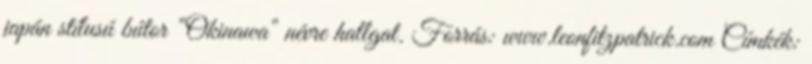
japán stílusú bútor "Okinawa" névre hallgat. Forrás: www.leonfitzpatrick.com Címkék: